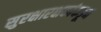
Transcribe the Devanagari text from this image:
सुरक्षारक्षकांकडून